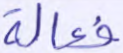
فعالة